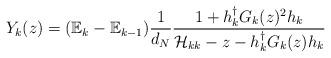
LaTeX: \begin{align*}Y_{k}(z) = (\mathbb{E}_{k}-\mathbb{E}_{k-1})\frac{1}{d_{N}}\frac{1+h_{k}^{\dagger}G_{k}(z)^{2}h_{k}}{\mathcal{H}_{kk}-z-h_{k}^{\dagger}G_{k}(z)h_{k}}\end{align*}